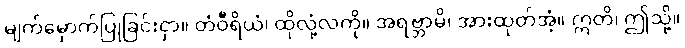
မျက်မှောက်ပြုခြင်းငှာ။ တံဝီရိယံ၊ ထိုလုံ့လကို။ အရဗ္ဘာမိ၊ အားထုတ်အံ့။ ဣတိ၊ ဤသို့။